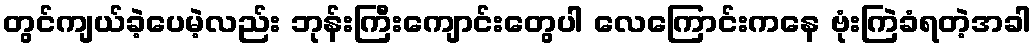
တွင်ကျယ်ခဲ့ပေမဲ့လည်း ဘုန်းကြီးကျောင်းတွေပါ လေကြောင်းကနေ ဗုံးကြဲခံရတဲ့အခါ